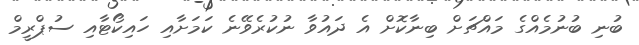
ބުނި ބުނުމެއްގެ މައްޗަށް ބިނާކޮށް އެ ދައުވާ ނުކުރެވޭނެ ކަމަށާއި ހައިކޯޓާއި ސުޕްރީމް